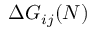
\Delta { G } _ { i j } ( N )